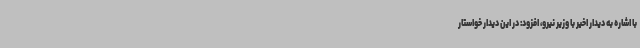
با اشاره به دیدار اخیر با وزیر نیرو، افزود: در این دیدار خواستار